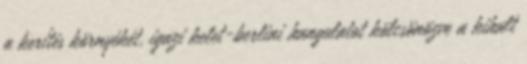
a kerítés környékét, igazi kelet-berlini hangulatot kölcsönözve a kihalt